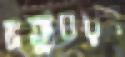
মত্যুবরণ